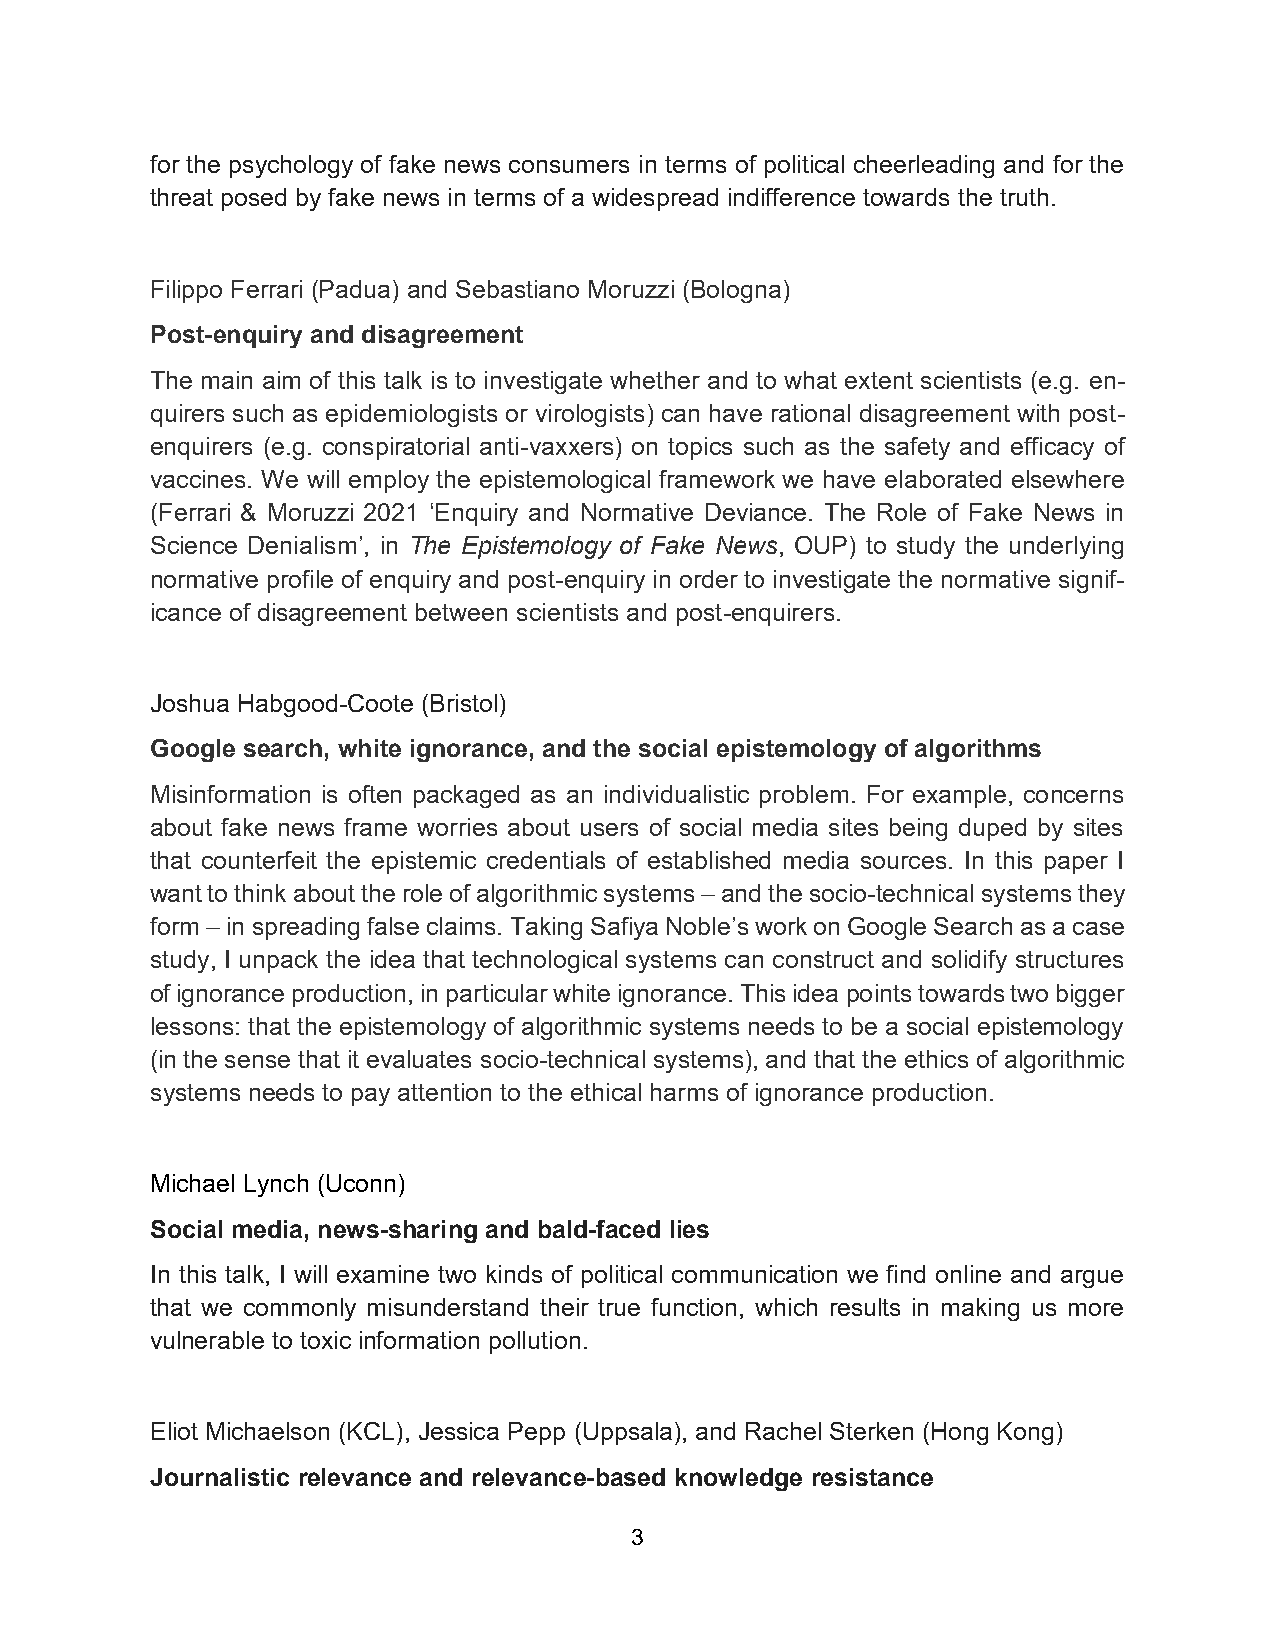
for the psychology of fake news consumers in terms of political cheerleading and for the
 threat posed by fake news in terms of a widespread indifference towards the truth.
 Filippo Ferrari (Padua) and Sebastiano Moruzzi (Bologna)
 Post-enquiry and disagreement
 The main aim of this talk is to investigate whether and to what extent scientists (e.g. en-
 quirers such as epidemiologists or virologists) can have rational disagreement with post-
 enquirers (e.g. conspiratorial anti-vaxxers) on topics such as the safety and efficacy of
 vaccines. We will employ the epistemological framework we have elaborated elsewhere
 (Ferrari & Moruzzi 2021 ‘Enquiry and Normative Deviance. The Role of Fake News in
 Science Denialism’, in The Epistemology of Fake News, OUP) to study the underlying
 normative profile of enquiry and post-enquiry in order to investigate the normative signif-
 icance of disagreement between scientists and post-enquirers.
 Joshua Habgood-Coote (Bristol)
 Google search, white ignorance, and the social epistemology of algorithms
 Misinformation is often packaged as an individualistic problem. For example, concerns
 about fake news frame worries about users of social media sites being duped by sites
 that counterfeit the epistemic credentials of established media sources. In this paper I
 want to think about the role of algorithmic systems – and the socio-technical systems they
 form – in spreading false claims. Taking Safiya Noble’s work on Google Search as a case
 study, I unpack the idea that technological systems can construct and solidify structures
 of ignorance production, in particular white ignorance. This idea points towards two bigger
 lessons: that the epistemology of algorithmic systems needs to be a social epistemology
 (in the sense that it evaluates socio-technical systems), and that the ethics of algorithmic
 systems needs to pay attention to the ethical harms of ignorance production.
 Michael Lynch (Uconn)
 Social media, news-sharing and bald-faced lies
 In this talk, I will examine two kinds of political communication we find online and argue
 that we commonly misunderstand their true function, which results in making us more
 vulnerable to toxic information pollution.
 Eliot Michaelson (KCL), Jessica Pepp (Uppsala), and Rachel Sterken (Hong Kong)
 Journalistic relevance and relevance-based knowledge resistance
 3